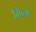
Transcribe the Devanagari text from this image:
सिन्ग